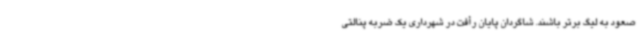
صعود به لیگ برتر باشند. شاگردان پایان رأفت در شهرداری یک ضربه پنالتی